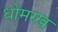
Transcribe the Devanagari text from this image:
धोमरख